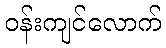
ဝန်းကျင်လောက်